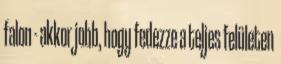
falon - akkor jobb, hogy fedezze a teljes felületen